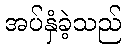
အပ်နှံခဲ့သည်